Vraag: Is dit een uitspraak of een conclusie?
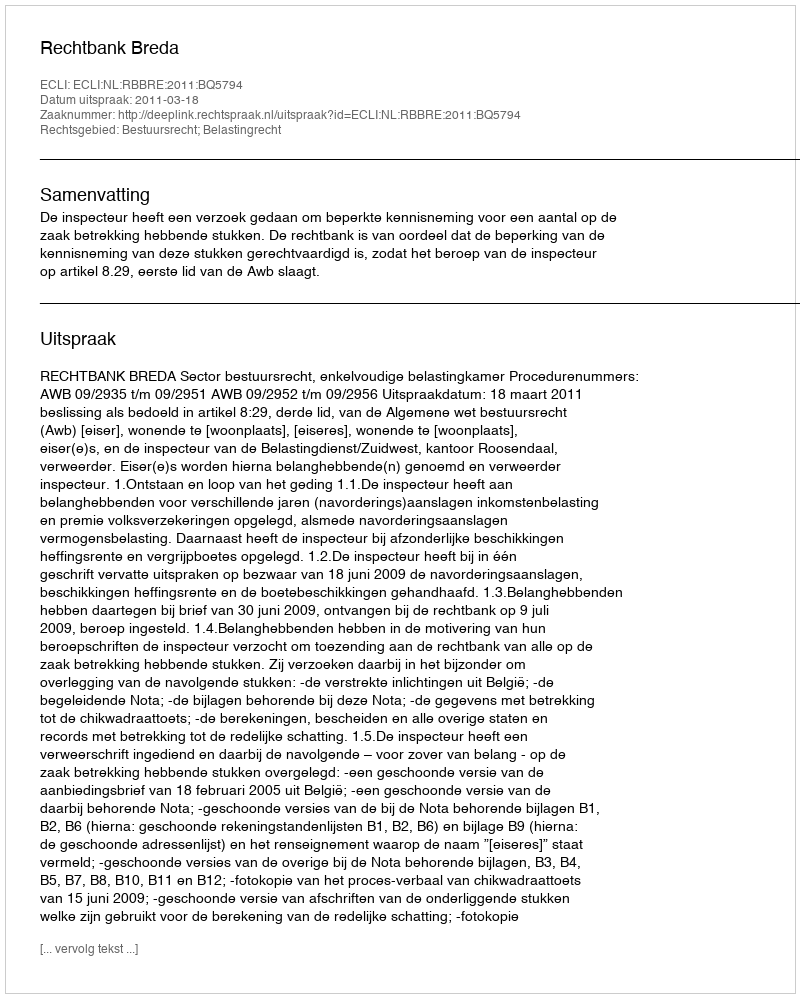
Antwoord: Uitspraak